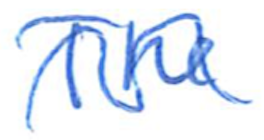
Text: The
Cross-out: wave
Writing tool: ballpoint